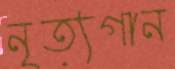
নৃত্যগান